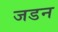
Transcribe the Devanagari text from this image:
जडन